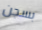
بسجن